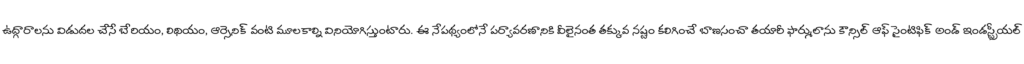
ఉద్గారాలను విడుదల చేసే బేరియం, లిథియం, ఆర్సెనిక్ వంటి మూలకాల్ని వినియోగిస్తుంటారు. ఈ నేపథ్యంలోనే పర్యావరణానికి వీలైనంత తక్కువ నష్టం కలిగించే బాణసంచా తయారీ ఫార్ములాను కౌన్సిల్ ఆఫ్ సైంటిఫిక్ అండ్ ఇండస్ట్రీయల్